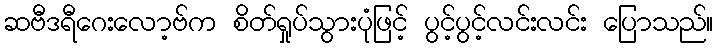
ဆဗီဒရီဂေးလော့ဗ်က စိတ်ရှုပ်သွားပုံဖြင့် ပွင့်ပွင့်လင်းလင်း ပြောသည်။